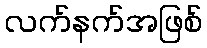
လက်နက်အဖြစ်